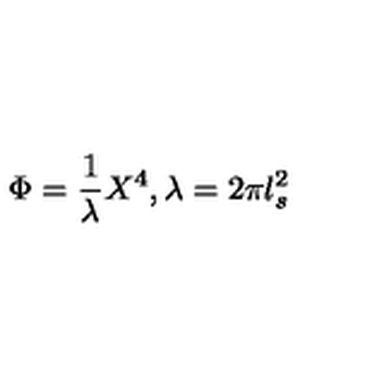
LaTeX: \Phi = \frac { 1 } { \lambda } X ^ { 4 } , \lambda = 2 \pi l _ { s } ^ { 2 }